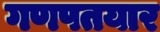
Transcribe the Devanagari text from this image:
गणपतयार